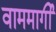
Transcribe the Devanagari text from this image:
वाममार्गी